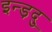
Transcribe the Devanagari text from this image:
इन्ड़दु